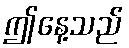
ဤနေ့သည်